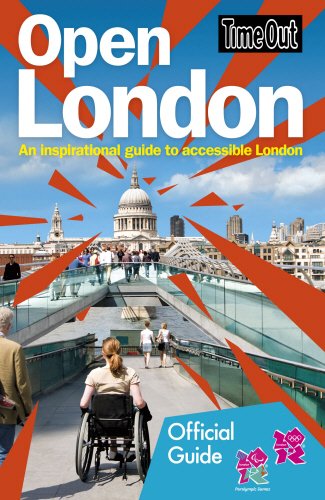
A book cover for Time Out Open London: An Inspirational Guide to Accessible London; Travel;